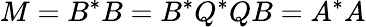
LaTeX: M=B^{*}B=B^{*}Q^{*}QB=A^{*}A